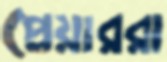
প্লেয়াররা